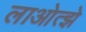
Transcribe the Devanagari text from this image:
लाओत्झे